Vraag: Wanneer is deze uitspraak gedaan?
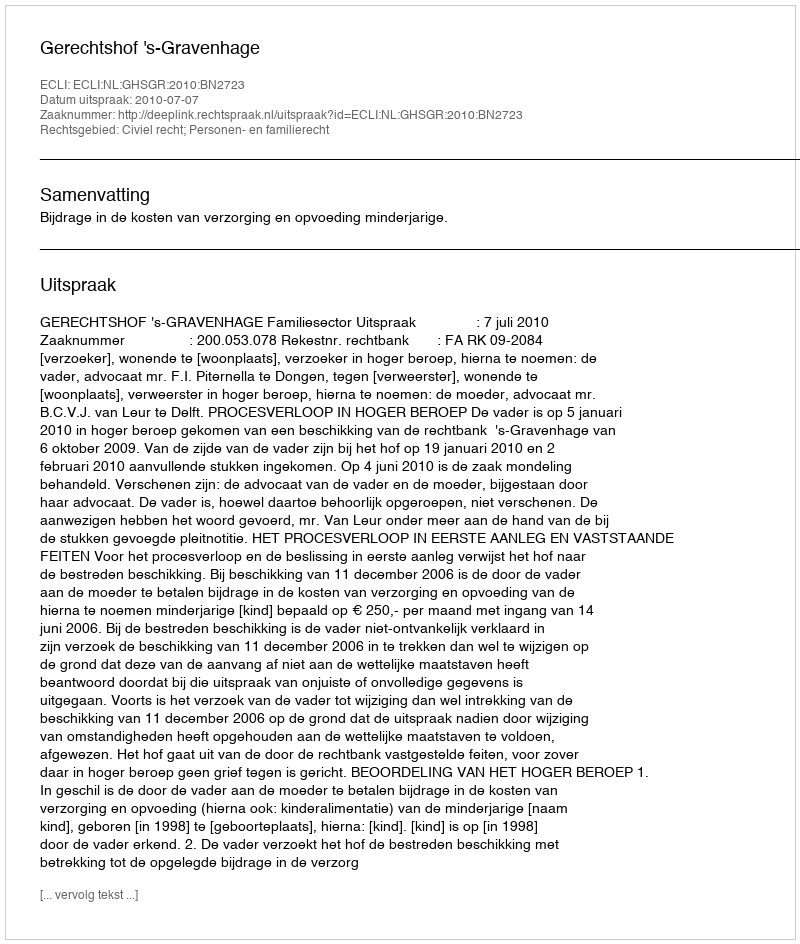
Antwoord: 2010-07-07